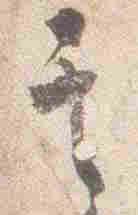
其